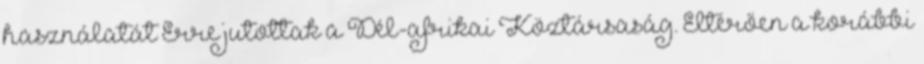
használatát Erre jutottak a Dél-afrikai Köztársaság. Eltérően a korábbi